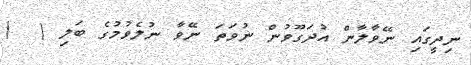
ނިދީގައި ނޭވާލާން އުދަގޫވުން ނުވަތަ ނޭވާ ނުލެވުމުގެ ބަލި (  )